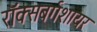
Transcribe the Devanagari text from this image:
रॉक्सबर्गशायर